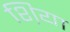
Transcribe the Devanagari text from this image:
श़िया